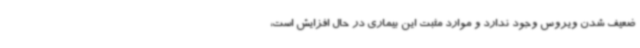
ضعیف شدن ویروس وجود ندارد و موارد مثبت این بیماری در حال افزایش است،